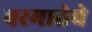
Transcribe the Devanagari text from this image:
वरमातेचे